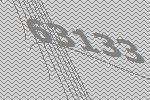
63133